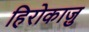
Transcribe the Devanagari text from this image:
हिरोकाज़ु